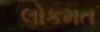
લોકમત